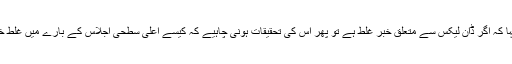
اُنھوں نے کہا کہ اگر ڈان لیکس سے متعلق خبر غلط ہے تو پھر اس کی تحقیقات ہونی چاہیے کہ کیسے اعلی سطحی اجلاس کے بارے میں غلط خبر دی گئی۔